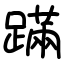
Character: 蹣